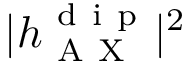
| h _ { \mathrm { ~ A ~ X ~ } } ^ { \mathrm { ~ d ~ i ~ p ~ } } | ^ { 2 }